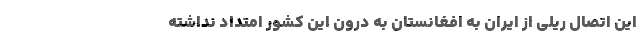
این اتصال ریلی از ایران به افغانستان به درون این کشور امتداد نداشته